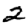
Digit: 2